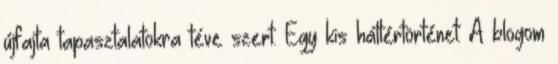
újfajta tapasztalatokra téve szert. Egy kis háttértörténet: A blogom